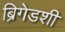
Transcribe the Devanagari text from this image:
ब्रिगेडशी